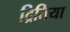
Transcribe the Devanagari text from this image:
द्रितिया